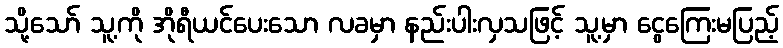
သို့သော် သူ့ကို အိုရီယင်ပေးသော လခမှာ နည်းပါးလှသဖြင့် သူ့မှာ ငွေကြေးမပြည့်